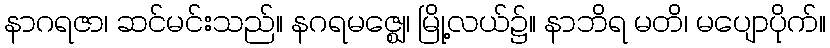
နာဂရဇာ၊ ဆင်မင်းသည်။ နဂရမဇ္ဈေ၊ မြို့လယ်၌။ နာဘိရ မတိ၊ မပျောပိုက်။